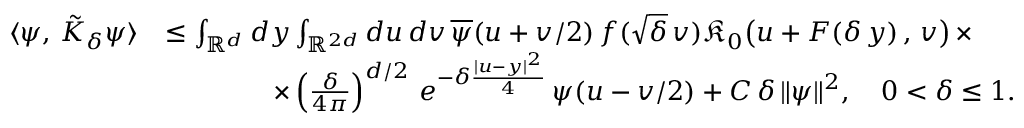
\begin{array} { r l } { \langle \psi , \, \tilde { K } _ { \delta } \psi \rangle } & { \leq \int _ { \mathbb { R } ^ { d } } d y \int _ { \mathbb { R } ^ { 2 d } } d u \, d v \, \overline { { \psi } } ( u + v / 2 ) \, f ( \sqrt { \delta } \, v ) \mathfrak { K } _ { 0 } \big ( u + F ( \delta \, y ) \, , \, v \big ) \, \times } \\ & { \qquad \qquad \times \left( \frac { \delta } { 4 \pi } \right) ^ { d / 2 } \, e ^ { - \delta \frac { | u - y | ^ { 2 } } { 4 } } \, { \psi } ( u - v / 2 ) + C \, \delta \, \Vert \psi \Vert ^ { 2 } , \quad 0 < \delta \leq 1 . } \end{array}